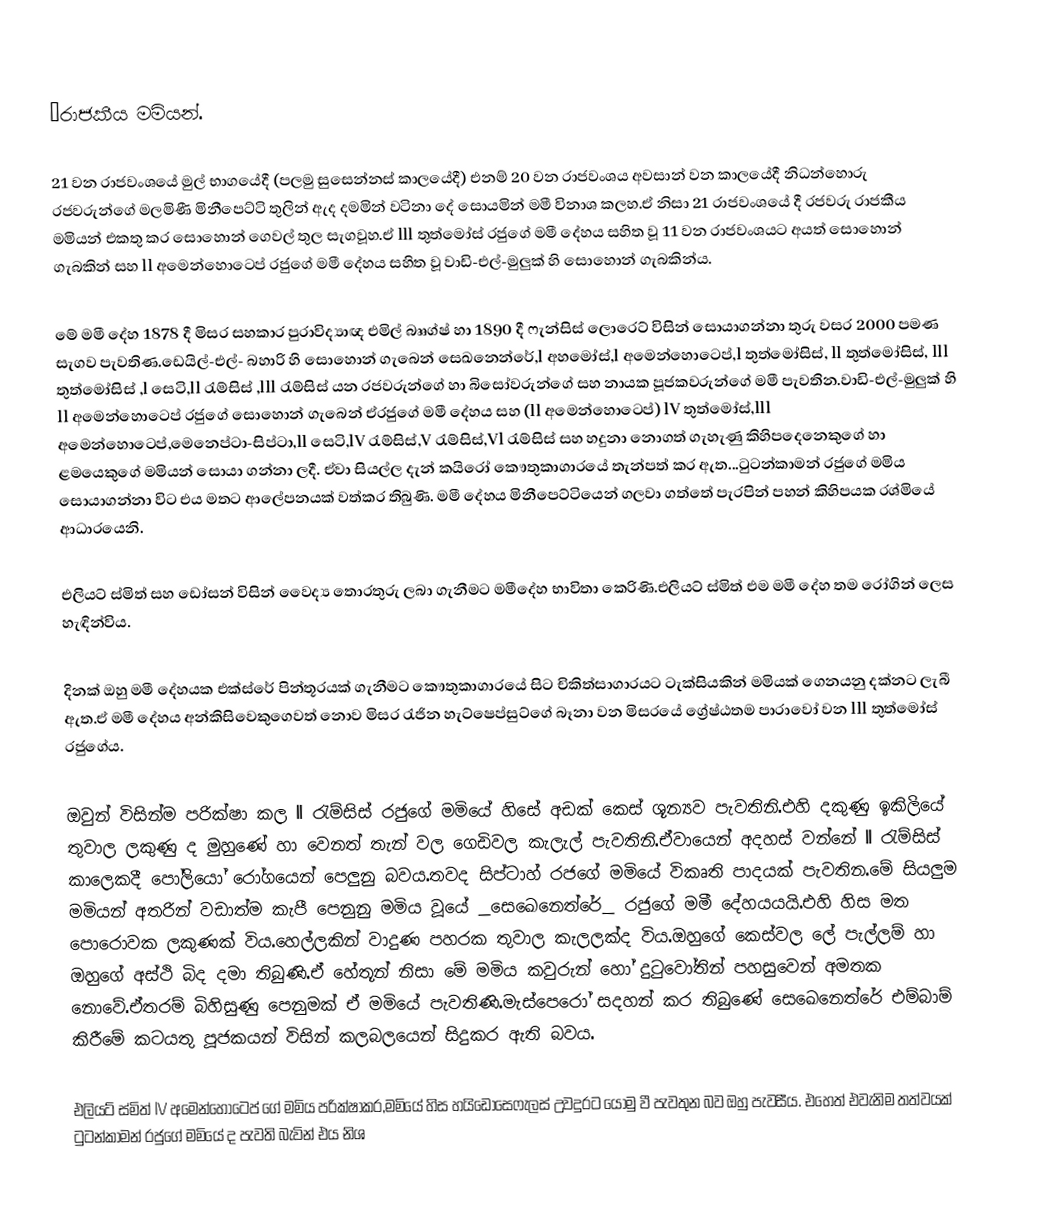
𓆣රාජකීය මමියන්.

21 වන රාජවංශයේ මුල් භාගයේදී (පලමු සුසෙන්නස් කාලයේදී) එනම් 20 වන රාජවංශය අවසාන් වන කාලයේදී නිධන්හොරු රජවරුන්ගේ මලමිණී මිනීපෙට්ටි තුලින් ඇද දමමින් වටිනා දේ සොයමින් මමී විනාශ කලහ.ඒ නිසා 21 රාජවංශයේ දී රජවරු රාජකීය මමියන් එකතු කර සොහොන් ගෙවල් තුල සැගවූහ.ඒ lll තුත්මෝස් රජුගේ මමී දේහය සහිත වූ 11 වන රාජවංශයට අයත් සොහොන් ගැබකින් සහ ll අමෙන්හොටෙප් රජුගේ මමී දේහය සහිත වූ වාඩි-එල්-මුලුක් හි සොහොන් ගැබකින්ය.

මේ මමී දේහ 1878 දී මිසර සහකාර පුරාවිද්‍යාඥ එමිල් බෲග්ෂ් හා 1890 දී ෆැන්සිස් ලොරෙට් විසින් සොයාගන්නා තුරු වසර 2000 පමණ සැගව පැවතිණ.ඩෙයිල්-එල්- බහාරි හි සොහොන් ගැබෙන් සෙඛනෙන්රේ,l අහමෝස්,l අමෙන්හොටෙප්,l තුත්මෝසිස්, ll තුත්මෝසිස්, lll තුත්මෝසිස් ,l සෙටි,ll රැම්සිස් ,lll රැම්සිස් යන රජවරුන්ගේ හා බිසෝවරුන්ගේ සහ නායක පූජකවරුන්ගේ මමී පැවතින.වාඩි-එල්-මුලුක් හි ll අමෙන්හොටෙප් රජුගේ සොහොන් ගැබෙන් ඒරජුගේ මමී දේහය සහ (ll අමෙන්හොටෙප්) lV තුත්මෝස්,lll අමෙන්හොටෙප්,මෙනෙප්ටා-සිප්ටා,ll සෙටි,lV රැම්සිස්,V රැම්සිස්,Vl රැම්සිස් සහ හදුනා නොගත් ගැහැණු කිහිපදෙනෙකුගේ හා ළමයෙකුගේ මමියන් සොයා ගන්නා ලදී. ඒවා සියල්ල දැන් කයිරෝ කෞතුකාගාරයේ තැන්පත් කර ඇත...ටුටන්කාමන් රජුගේ මමිය සොයාගන්නා විට එය මතට ආලේපනයක් වත්කර තිබුණි. මමී දේහය මිනීපෙට්ටියෙන් ගලවා ගත්තේ පැරපින් පහන් කිහිපයක රශ්මියේ ආධාරයෙනි.

එලියට් ස්මිත් සහ ඩෝසන් විසින් වෛද්‍ය තොරතුරු ලබා ගැනීමට මමීදේහ භාවිතා කෙරිණි.එලියට් ස්මිත් එම මමී දේහ තම රෝගින් ලෙස හැඳින්විය.

දිනක් ඔහු මමී දේහයක එක්ස්රේ පින්තූරයක් ගැනීමට කෞතුකාගාරයේ සිට චිකිත්සාගාරයට ටැක්සියකින් මමියක් ගෙනයනු දක්නට ලැබී ඇත.ඒ මමී දේහය අන්කිසිවෙකුගෙවත් නොව මිසර රැජින හැට්ෂෙප්සුට්ගේ බෑනා වන මිසරයේ ග්‍රේෂ්ඨතම පාරාවෝ වන lll තුත්මෝස් රජුගේය.

ඔවුන් විසින්ම පරික්ෂා කල ll රැම්සිස් රජුගේ මමියේ හිසේ අඩක් කෙස් ශූන්‍යව පැවතිනි.එහි දකුණු ඉකිලියේ තුවාල ලකුණු ද මුහුණේ හා වෙනත් තැන් වල ගෙඩිවල කැලැල් පැවතිනි.ඒවායෙන් අදහස් වන්නේ ll රැම්සිස් කාලෙකදී පෝලියෝ රෝගයෙන් පෙලුනු බවය.තවද සිප්ටාහ් රජගේ මමියේ විකෘති පාදයක් පැවතින.මේ සියලුම මමියන් අතරින් වඩාත්ම කැපී පෙනුනු මමිය වූයේ _සෙඛෙනෙත්රේ_ රජුගේ මමී දේහයයයි.එහි හිස මත පොරොවක ලකුණක් විය.හෙල්ලකින් වාදුණ පහරක තුවාල කැලලක්ද විය.ඔහුගේ කෙස්වල ලේ පැල්ලම් හා ඔහුගේ අස්ථි බිද දමා තිබුණි.ඒ හේතූන් නිසා මේ මමිය කවුරුන් හෝ දුටුවෝතින් පහසුවෙන් අමතක නොවේ.ඒතරම් බිහිසුණු පෙනුමක් ඒ මමියේ පැවතිණි.මැස්පෙරෝ සදහන් කර තිබුණේ සෙඛෙනෙත්රේ එම්බාම් කිරීමේ කටයතු පූජකයන් විසින් කලබලයෙන් සිදුකර ඇති බවය.

එලියට් ස්මිත් lV අමෙන්හොටෙප් ගේ මමිය  පරික්ෂාකර,මමියේ හිස හයිඩොසෙෆැලස් උවදුරට යොමු වී පැවතුන බව ඔහු පැවසීය. එහෙත් එවැනිම තත්වයක් ටුටන්කාමන් රජුගේ මමියේ ද පැවති බැවින් එය නිශ